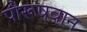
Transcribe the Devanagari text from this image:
पौरूषवान